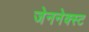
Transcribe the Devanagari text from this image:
जेननेक्स्ट